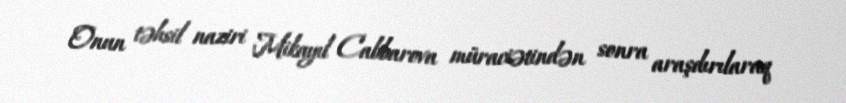
Onun təhsil naziri Mikayıl Cabbarova müraciətindən sonra araşdırılaraq